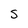
Character: S